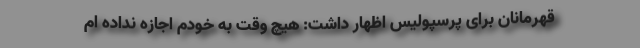
قهرمانان برای پرسپولیس اظهار داشت: هیچ وقت به خودم اجازه نداده ام